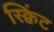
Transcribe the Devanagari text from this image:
स्क्विंट